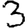
Digit: 3